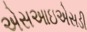
એસઆઇએસડી